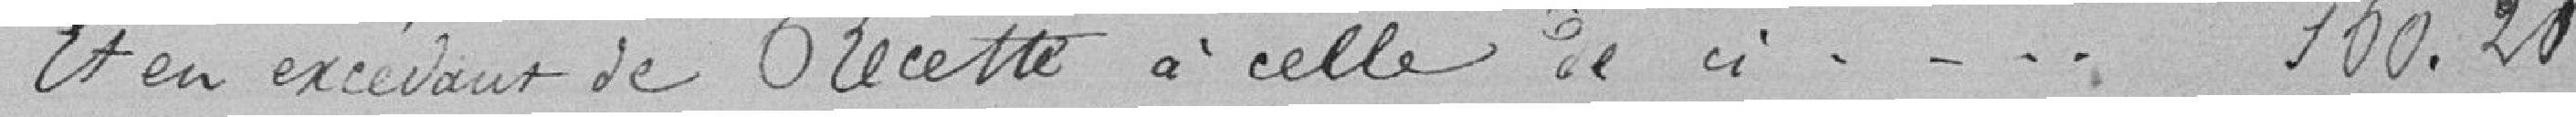
Et en excédent de Recette à celle de  // ----   150.20